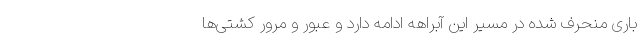
باری منحرف شده در مسیر این آبراهه ادامه دارد و عبور و مرور کشتی‌ها